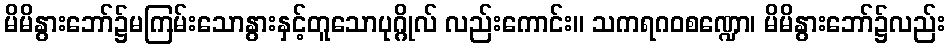
မိမိနွားဘော်၌မကြမ်းသောနွားနှင့်တူသောပုဂ္ဂိုလ် လည်းကောင်း။ သကရဂဝစဏ္ဍော၊ မိမိနွားဘော်၌လည်း